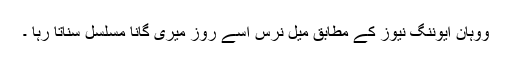
ووہان ایوننگ نیوز کے مطابق میل نرس اسے روز میری گانا مسلسل سناتا رہا ۔